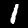
Digit: 1